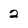
Character: 2